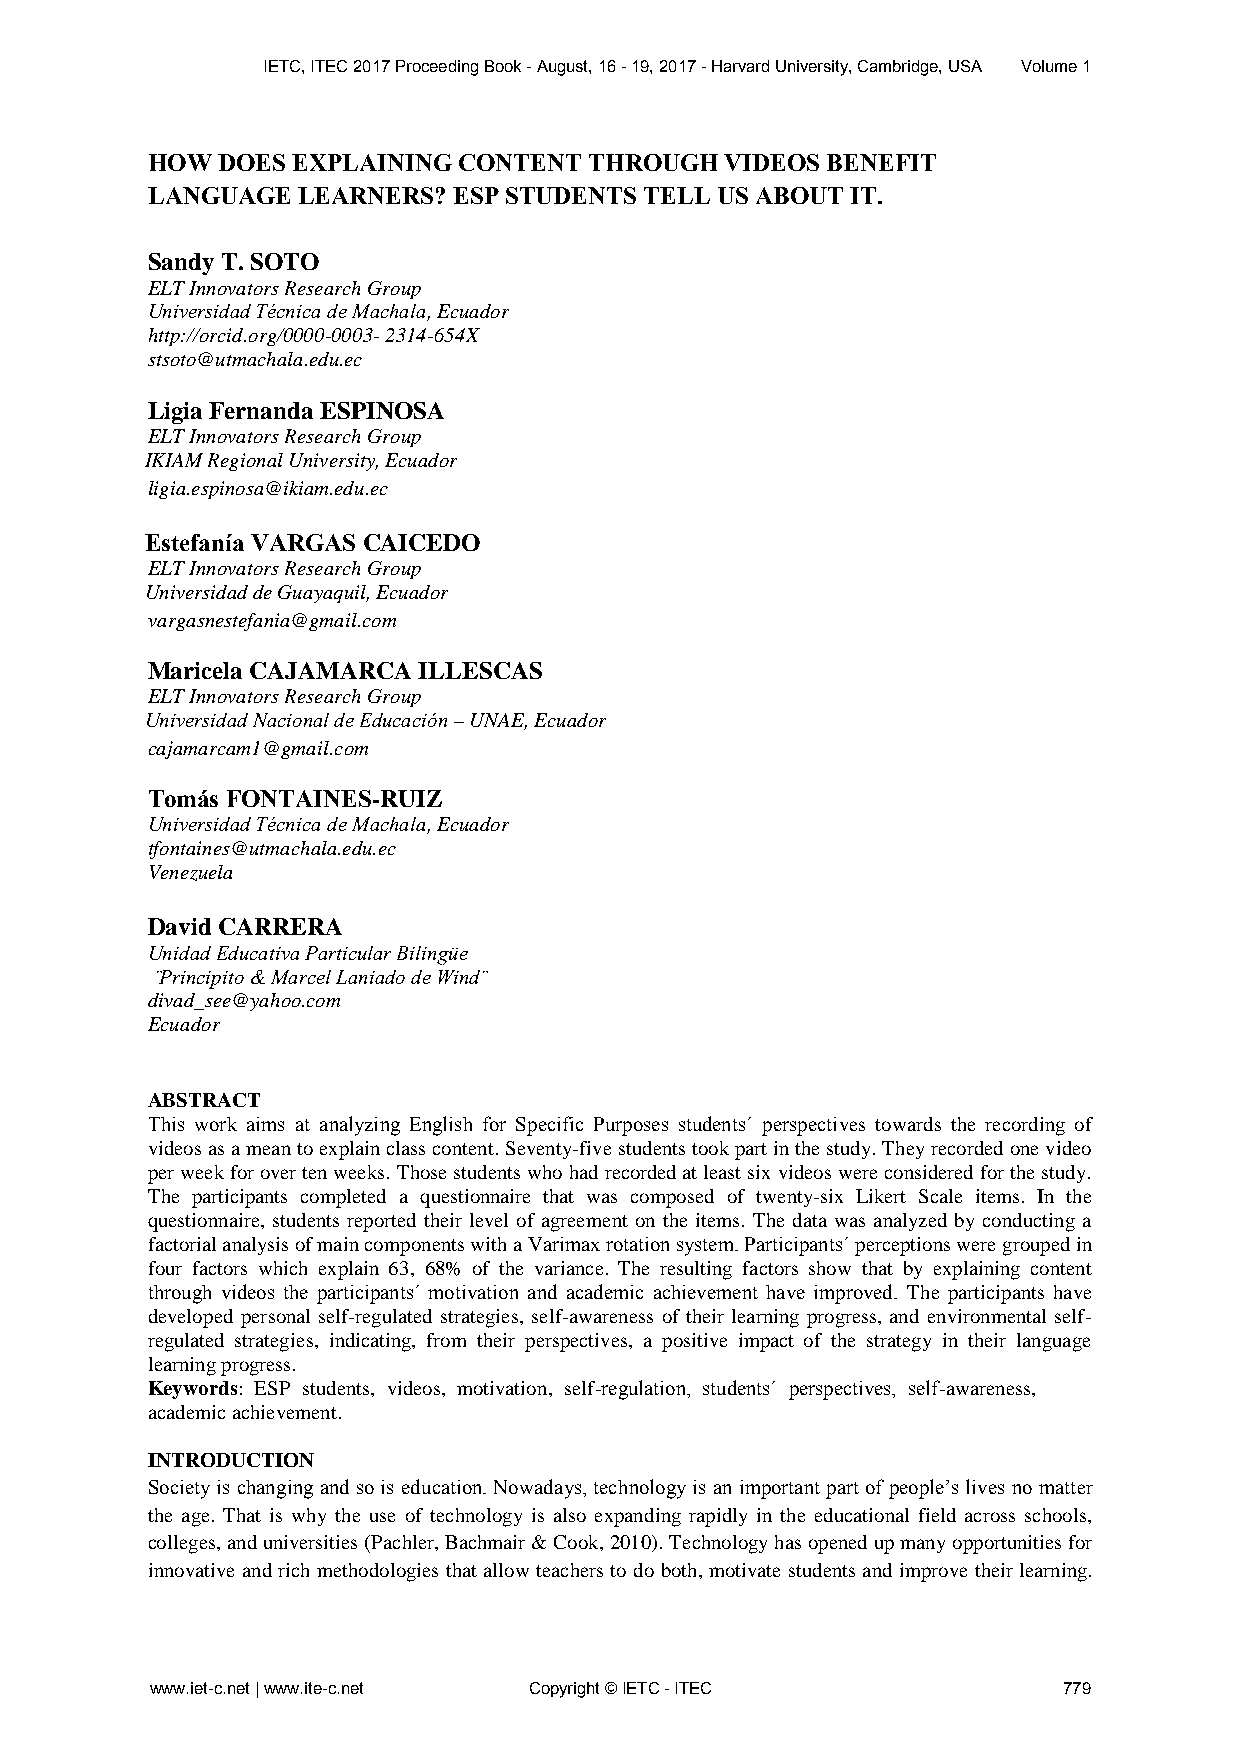
IETC, ITEC 2017 Proceeding Book - August, 16 - 19, 2017 - Harvard University, Cambridge, USA Volume 1
 HOW DOES EXPLAINING CONTENT  THROUGH  VIDEOS BENEFIT
 LANGUAGE  LEARNERS? ESP STUDENTS TELL US ABOUT IT.
 Sandy T. SOTO
 ELT Innovators Research Group
 Universidad Técnica de Machala, Ecuador
 http://orcid.org/0000-0003- 2314-654X
 stsoto@utmachala.edu.ec
 Ligia Fernanda ESPINOSA
 ELT Innovators Research Group
 IKIAM Regional University, Ecuador
 ligia.espinosa@ikiam.edu.ec
 Estefanía VARGAS CAICEDO
 ELT Innovators Research Group
 Universidad de Guayaquil, Ecuador
 vargasnestefania@gmail.com
 Maricela CAJAMARCA ILLESCAS
 ELT Innovators Research Group
 Universidad Nacional de Educación – UNAE, Ecuador
 cajamarcam1@gmail.com
 Tomás FONTAINES-RUIZ
 Universidad Técnica de Machala, Ecuador
 tfontaines@utmachala.edu.ec
 Venezuela
 David CARRERA
 Unidad Educativa Particular Bilingüe
 ¨Principito & Marcel Laniado de Wind¨
 divad_see@yahoo.com
 Ecuador
 ABSTRACT
 This work aims at analyzing English for Specific Purposes students´ perspectives towards the recording of
 videos as a mean to explain class content. Seventy-five students took part in the study. They recorded one video
 per week for over ten weeks. Those students who had recorded at least six videos were considered for the study.
 The participants completed a questionnaire that was composed of twenty-six Likert Scale items. In the
 questionnaire, students reported their level of agreement on the items. The data was analyzed by conducting a
 factorial analysis of main components with a Varimax rotation system. Participants´ perceptions were grouped in
 four factors which explain 63, 68% of the variance. The resulting factors show that by explaining content
 through videos the participants´ motivation and academic achievement have improved. The participants have
 developed personal self-regulated strategies, self-awareness of their learning progress, and environmental self-
 regulated strategies, indicating, from their perspectives, a positive impact of the strategy in their language
 learning progress.
 Keywords: ESP students, videos, motivation, self-regulation, students´ perspectives, self-awareness,
 academic achievement.
 INTRODUCTION
 Society is changing and so is education. Nowadays, technology is an important part of people’s lives no matter
 the age. That is why the use of technology is also expanding rapidly in the educational field across schools,
 colleges, and universities (Pachler, Bachmair & Cook, 2010). Technology has opened up many opportunities for
 innovative and rich methodologies that allow teachers to do both, motivate students and improve their learning.
 www.iet-c.net | www.ite-c.net Copyright © IETC - ITEC       779